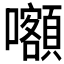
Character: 𡅅